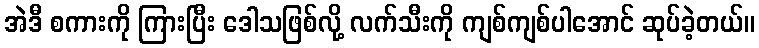
အဲဒီ စကားကို ကြားပြီး ဒေါသဖြစ်လို့ လက်သီးကို ကျစ်ကျစ်ပါအောင် ဆုပ်ခဲ့တယ်။